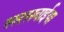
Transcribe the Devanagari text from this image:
सरसवाईया